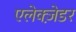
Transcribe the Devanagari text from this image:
एलेक्ज़ेडर